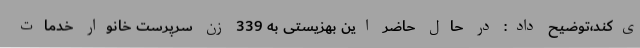
ی‌کند،توضیح داد: در حال حاضر این بهزیستی به 339 زن سرپرست خانوار خدمات